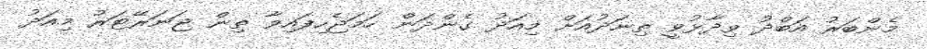
މެންބަރު އަބްދު ވިދާޅުވީ ތިނަދުއަށް މިއަދު ގެންދަން ހަމަޖެހިފައިވާ ތިން ޖަނަރޭޓަރު މިއަދު